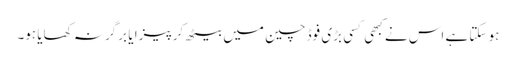
ہو سکتا ہے اس نے کبھی کسی بڑی فوڈ چین میں بیٹھ کر پیزا یا برگر نہ کھایا ہو۔